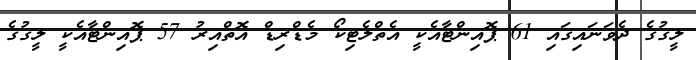
ލީގުގެ ދެވަނައިގައި 61 ޕޮއިންޓާއެކީ އެތްލެޓިކޯ މެޑްރިޑް އޮތްއިރު 57 ޕޮއިންޓާއެކީ ލީގުގެ